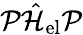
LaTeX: \mathcal{P}\hat{\mathcal{H}}_{\mathrm{el}}\mathcal{P}